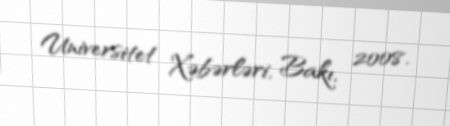
Universitet Xəbərləri, Bakı, 2008.